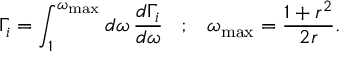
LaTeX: \Gamma _ { i } = \int _ { 1 } ^ { \omega _ { \mathrm { m a x } } } d \omega \, \frac { d \Gamma _ { i } } { d \omega } \; \; \; ; \; \; \; \omega _ { \mathrm { m a x } } = \frac { 1 + r ^ { 2 } } { 2 r } .